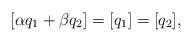
LaTeX: \begin{align*}[\alpha q_1 + \beta q_2] = [q_1] = [q_2],\end{align*}